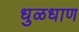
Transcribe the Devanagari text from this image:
धुळधाण